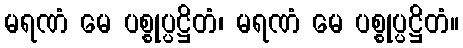
မရဏံ မေ ပစ္စုပ္ပဋ္ဌိတံ၊ မရဏံ မေ ပစ္စုပ္ပဋ္ဌိတံ။